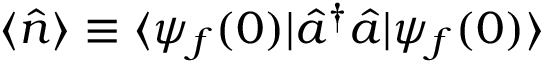
\langle \hat { n } \rangle \equiv \langle \psi _ { f } ( 0 ) | \hat { a } ^ { \dagger } \hat { a } | \psi _ { f } ( 0 ) \rangle